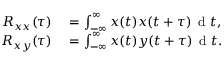
\begin{array} { r l } { R _ { x x } ( \tau ) } & { { } = \int _ { - \infty } ^ { \infty } x ( t ) x ( t + \tau ) \, \mathrm { ~ d ~ } t , } \\ { R _ { x y } ( \tau ) } & { { } = \int _ { - \infty } ^ { \infty } x ( t ) y ( t + \tau ) \, \mathrm { ~ d ~ } t . } \end{array}